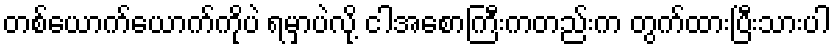
တစ်ယောက်ယောက်ကိုပဲ ရမှာပဲလို့ ငါအစောကြီးကတည်းက တွက်ထားပြီးသားပါ